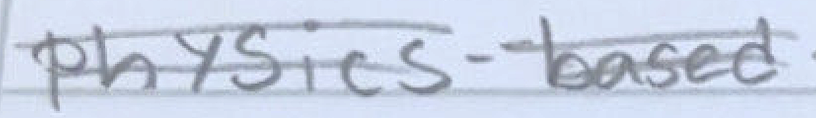
Text: physics-based
Cross-out: mix
Writing tool: pencil